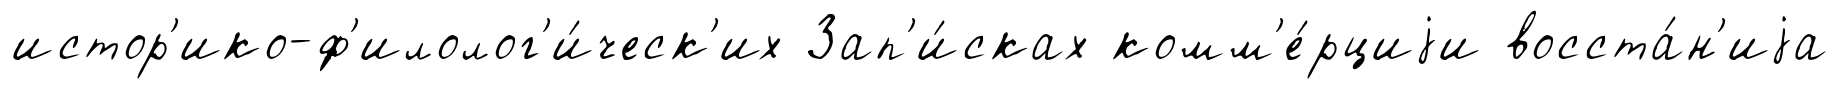
истор'ико-ф'илолог'и́ческ'их Зап'и́сках комм'е́рциjи восста́н'иjа